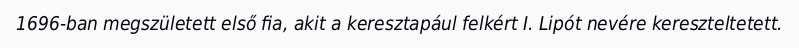
1696-ban megszületett első fia, akit a keresztapául felkért I. Lipót nevére kereszteltetett.